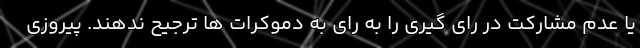
یا عدم مشارکت در رای گیری را به رای به دموکرات ها ترجیح ندهند. پیروزی